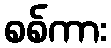
စစ်ကား